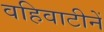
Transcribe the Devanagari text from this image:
वहिवाटीनें